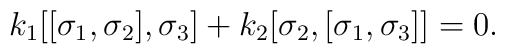
k_1[[\sigma_1,\sigma_2],\sigma_3] + k_2[\sigma_2,[\sigma_1,    \sigma_3]] = 0.